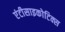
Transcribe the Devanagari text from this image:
एंटीसाइकोटिक्स